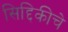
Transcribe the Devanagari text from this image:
सिद्दिकीचे